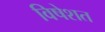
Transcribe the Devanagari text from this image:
विषेशत